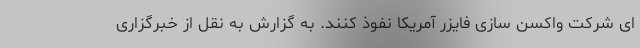
ای شرکت واکسن سازی فایزر آمریکا نفوذ کنند. به گزارش به نقل از خبرگزاری